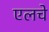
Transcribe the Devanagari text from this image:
एलचे